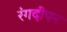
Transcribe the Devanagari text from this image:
रंगदीपन